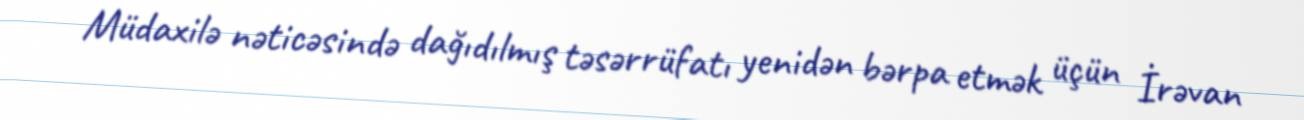
Müdaxilə nəticəsində dağıdılmış təsərrüfatı yenidən bərpa etmək üçün İrəvan